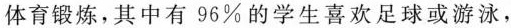
体育锻炼，其中有 96% 的学生喜欢足球或游泳，